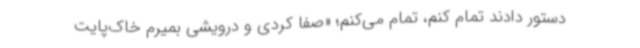
دستور دادند تمام کنم، تمام می‌کنم؛ «صفا کردی و درویشی بمیرم خاک‌پایت